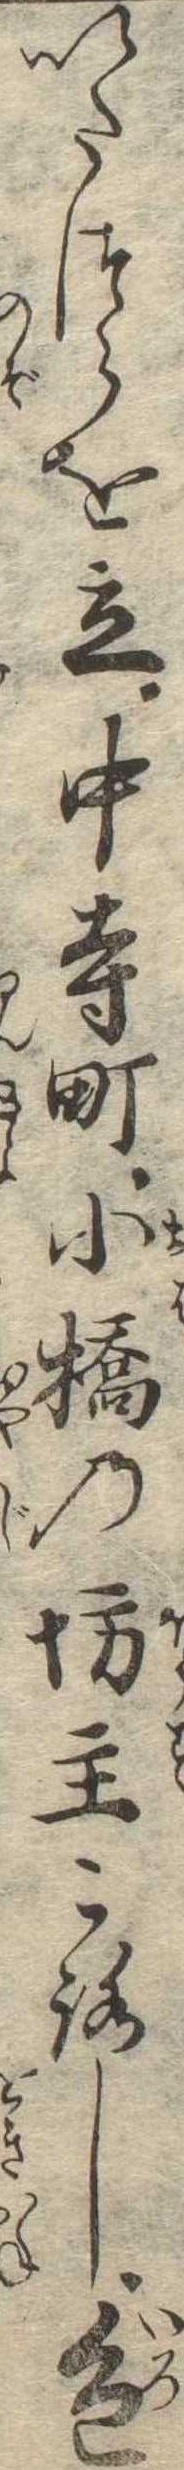
いたつらを立中寺町小橋の坊主ころし色